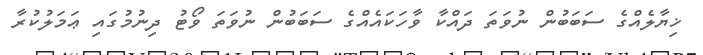
ޚިޔާލެއްގެ ސަބަބުން ނުވަތަ ދައްކާ ވާހަކައެއްގެ ސަބަބުން ނުވަތަ ވޯޓު ދިނުމުގައި ޢަމަލުކުރާ